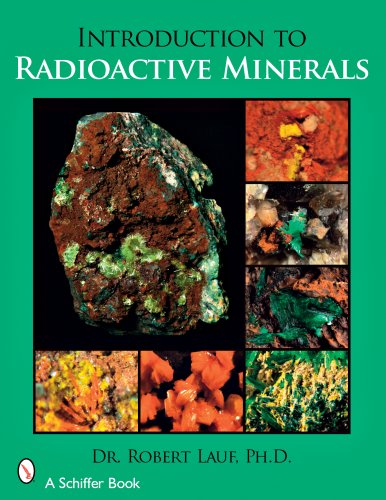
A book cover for Introduction to Radioactive Minerals; Robert Lauf; Science & Math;